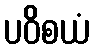
ပဝိစယံ